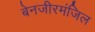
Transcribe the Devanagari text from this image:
बेनजीरमंजिल